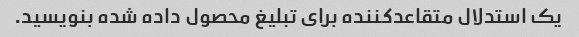
یک استدلال متقاعدکننده برای تبلیغ محصول داده شده بنویسید.